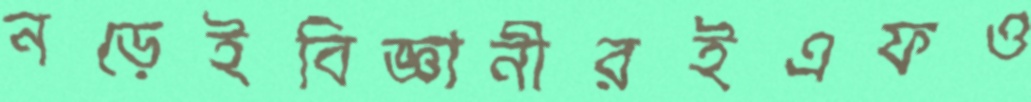
নড়েইবিজ্ঞানীরইএফও